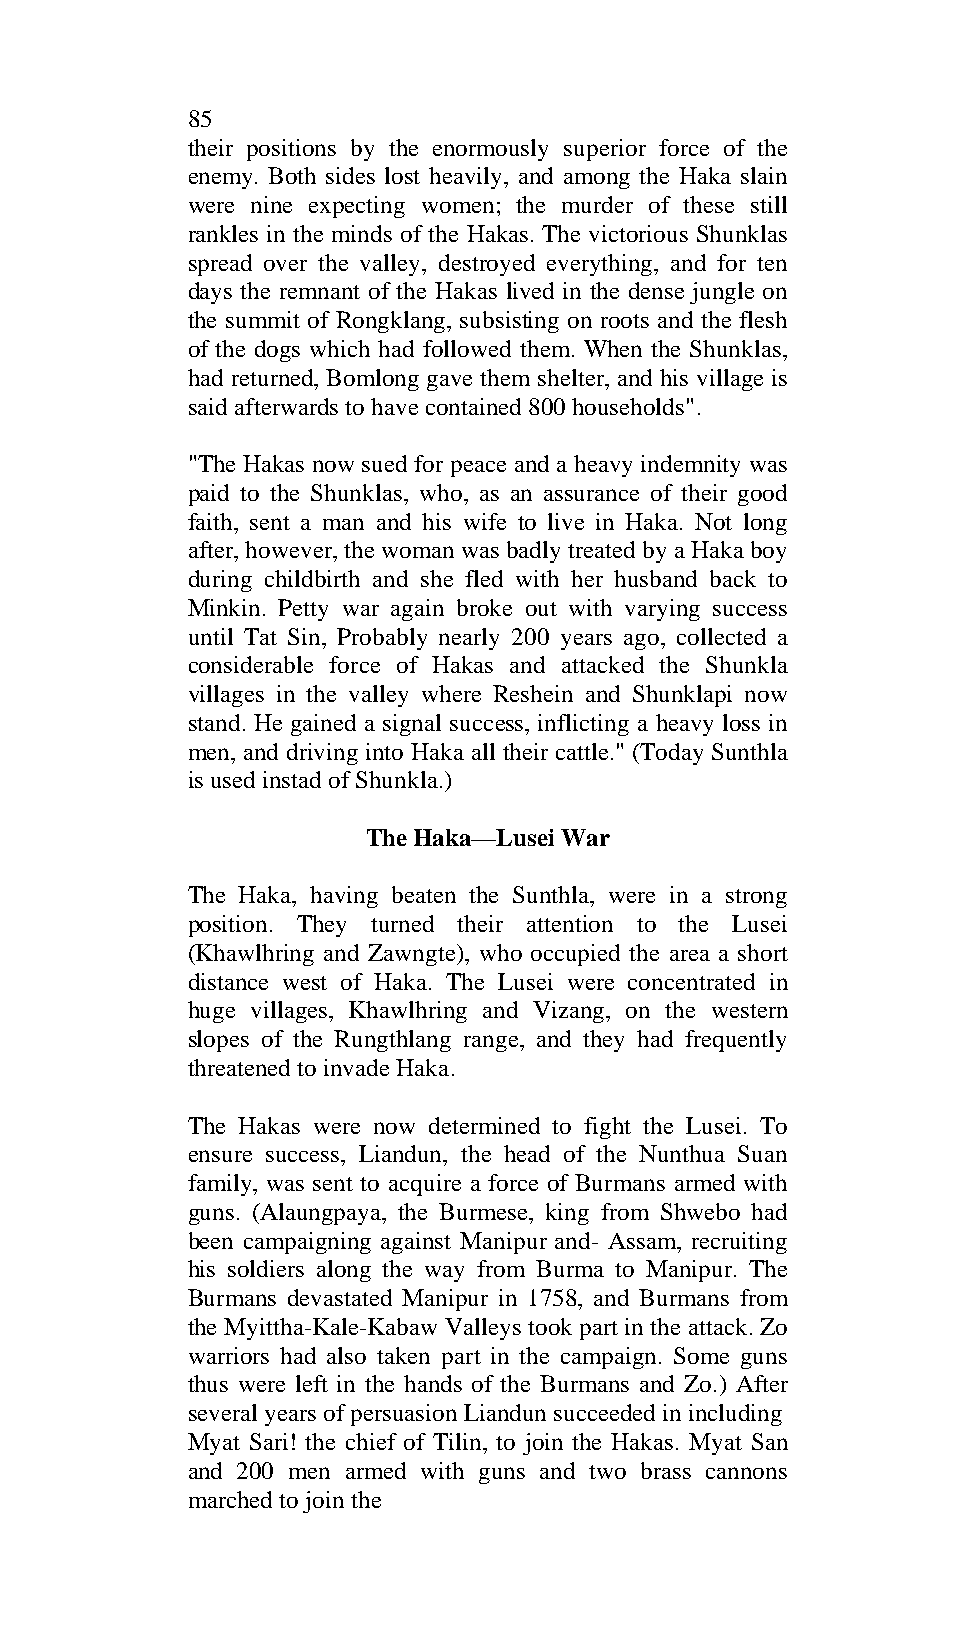
85
 their positions by the enormously superior force of the
 enemy. Both sides lost heavily, and among the Haka slain
 were nine expecting women; the murder of these still
 rankles in the minds of the Hakas. The victorious Shunklas
 spread over the valley, destroyed everything, and for ten
 days the remnant of the Hakas lived in the dense jungle on
 the summit of Rongklang, subsisting on roots and the flesh
 of the dogs which had followed them. When the Shunklas,
 had returned, Bomlong gave them shelter, and his village is
 said afterwards to have contained 800 households".
 "The Hakas now sued for peace and a heavy indemnity was
 paid to the Shunklas, who, as an assurance of their good
 faith, sent a man and his wife to live in Haka. Not long
 after, however, the woman was badly treated by a Haka boy
 during childbirth and she fled with her husband back to
 Minkin. Petty war again broke out with varying success
 until Tat Sin, Probably nearly 200 years ago, collected a
 considerable force of Hakas and attacked the Shunkla
 villages in the valley where Reshein and Shunklapi now
 stand. He gained a signal success, inflicting a heavy loss in
 men, and driving into Haka all their cattle." (Today Sunthla
 is used instad of Shunkla.)
 The Haka—Lusei War
 The Haka, having beaten the Sunthla, were in a strong
 position. They turned their attention to the Lusei
 (Khawlhring and Zawngte), who occupied the area a short
 distance west of Haka. The Lusei were concentrated in
 huge villages, Khawlhring and Vizang, on the western
 slopes of the Rungthlang range, and they had frequently
 threatened to invade Haka.
 The Hakas were now determined to fight the Lusei. To
 ensure success, Liandun, the head of the Nunthua Suan
 family, was sent to acquire a force of Burmans armed with
 guns. (Alaungpaya, the Burmese, king from Shwebo had
 been campaigning against Manipur and- Assam, recruiting
 his soldiers along the way from Burma to Manipur. The
 Burmans devastated Manipur in 1758, and Burmans from
 the Myittha-Kale-Kabaw Valleys took part in the attack. Zo
 warriors had also taken part in the campaign. Some guns
 thus were left in the hands of the Burmans and Zo.) After
 several years of persuasion Liandun succeeded in including
 Myat Sari! the chief of Tilin, to join the Hakas. Myat San
 and 200 men armed with guns and two brass cannons
 marched to join the